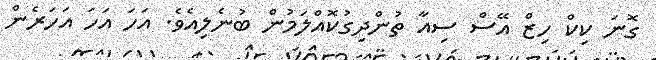
ގޮނަ ކިކް ހިޒް އޭސް ސިއާ ތުންދިގުކޮއްލަމުން ބުނެލިއެވެ. އަހަ އަހަ އަހަރެން